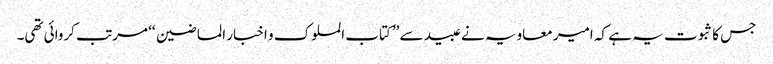
جس کا ثبوت یہ ہے کہ امیر معاویہ نے عبید سے ’’کتاب الملوک و اخبار الماضین ‘‘ مرتب کروائی تھی۔